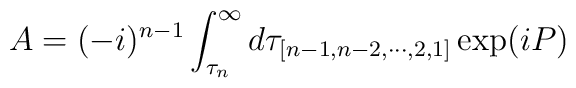
A=(-i)^{n-1}\int_{\tau_n}^\infty d\tau_{[n-1,n-2,\cdots,2,1]}\exp(iP)\,